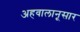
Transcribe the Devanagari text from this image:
अहवालानूसार